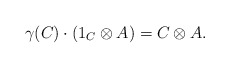
\begin{align*} \gamma(C)\cdot(1_C\otimes A)=C\otimes A . \end{align*}